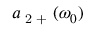
a \textsubscript { 2 + } ( \omega _ { 0 } )